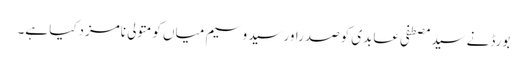
بورڈنے سیدمصطفی عابدی کوصدراورسید وسیم میاں کومتولی نامزدکیا ہے۔